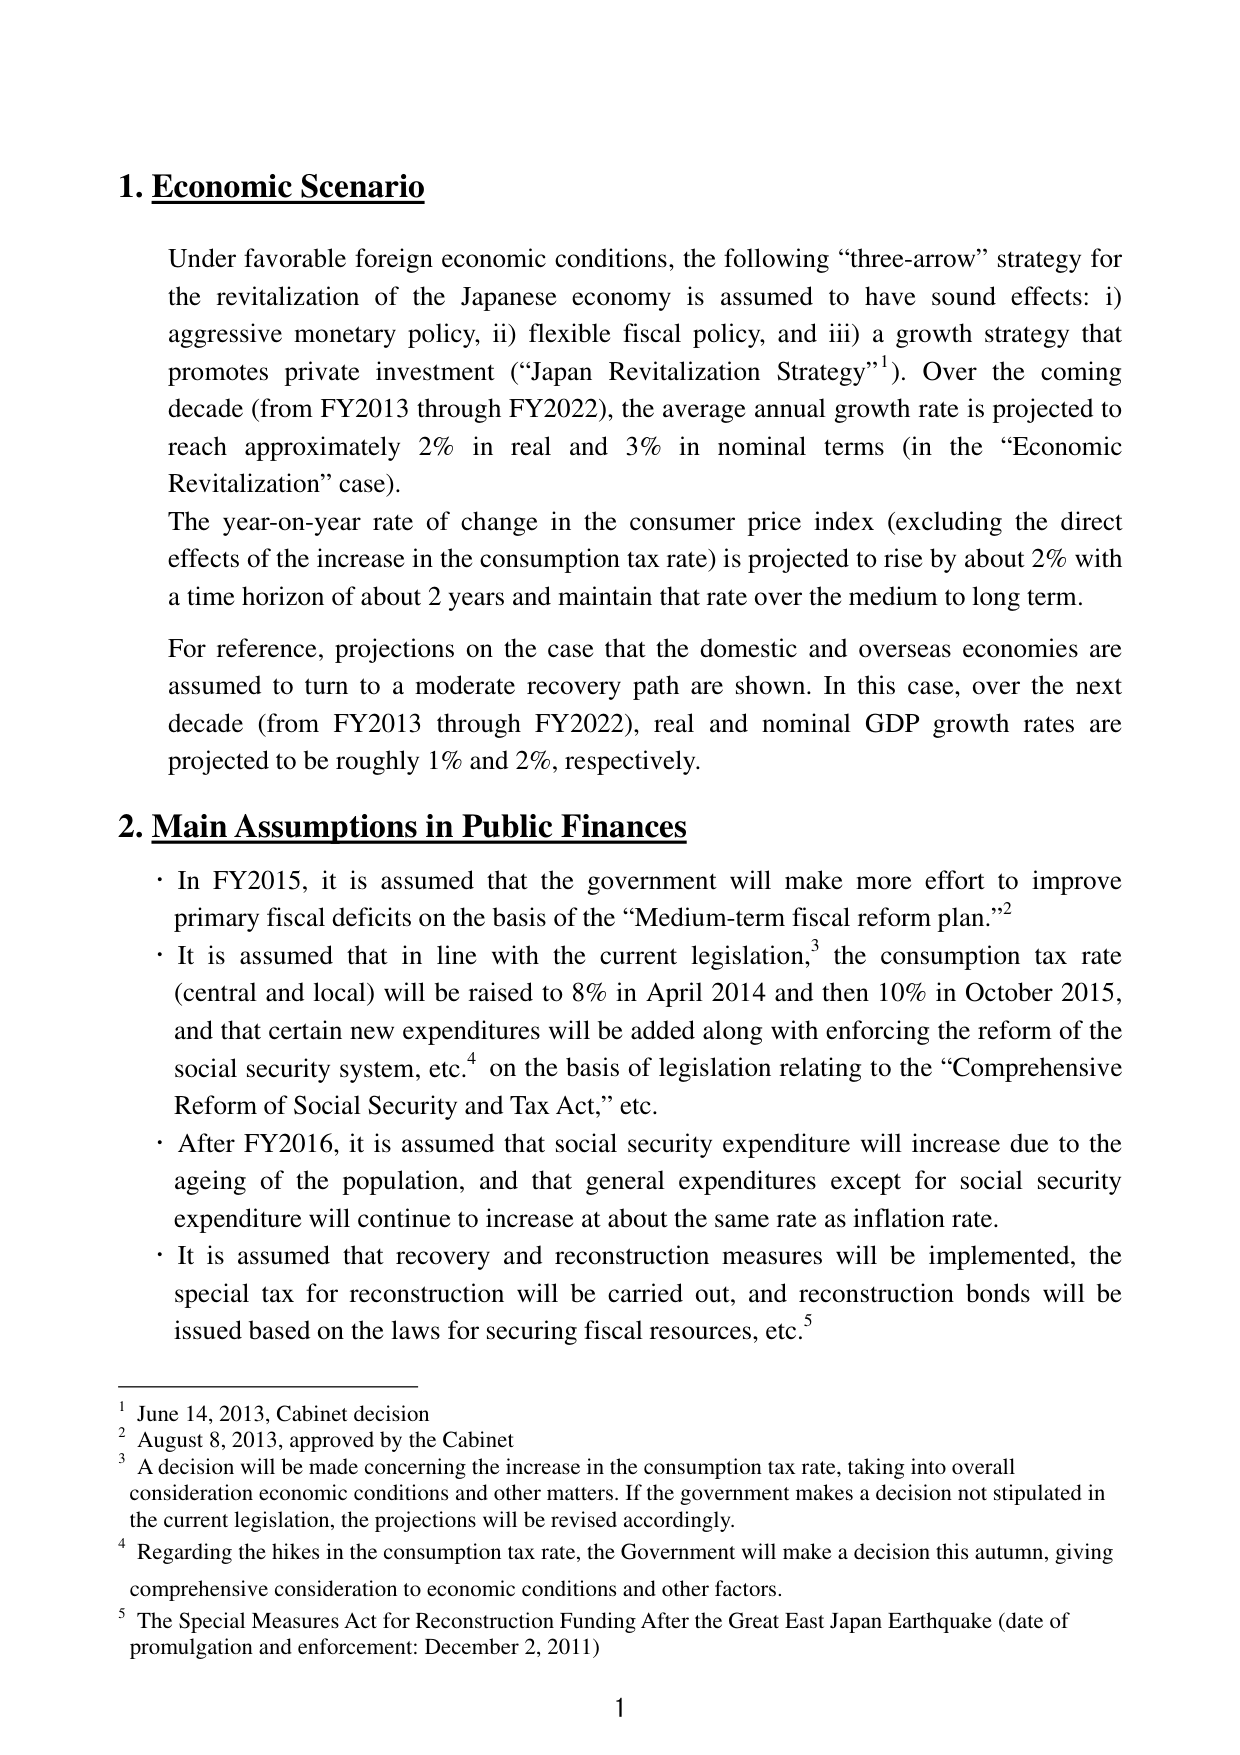
1. Economic Scenario

Under favorable foreign economic conditions, the following “three-arrow” strategy for the revitalization of the Japanese economy is assumed to have sound effects: i) aggressive monetary policy, ii) flexible fiscal policy, and iii) a growth strategy that promotes private investment (“Japan Revitalization Strategy”¹). Over the coming decade (from FY2013 through FY2022), the average annual growth rate is projected to reach approximately 2% in real and 3% in nominal terms (in the “Economic Revitalization” case).

The year-on-year rate of change in the consumer price index (excluding the direct effects of the increase in the consumption tax rate) is projected to rise by about 2% with a time horizon of about 2 years and maintain that rate over the medium to long term.

For reference, projections on the case that the domestic and overseas economies are assumed to turn to a moderate recovery path are shown. In this case, over the next decade (from FY2013 through FY2022), real and nominal GDP growth rates are projected to be roughly 1% and 2%, respectively.

2. Main Assumptions in Public Finances

• In FY2015, it is assumed that the government will make more effort to improve primary fiscal deficits on the basis of the “Medium-term fiscal reform plan.”²

• It is assumed that in line with the current legislation,³ the consumption tax rate (central and local) will be raised to 8% in April 2014 and then 10% in October 2015, and that certain new expenditures will be added along with enforcing the reform of the social security system, etc.⁴ on the basis of legislation relating to the “Comprehensive Reform of Social Security and Tax Act,” etc.

• After FY2016, it is assumed that social security expenditure will increase due to the ageing of the population, and that general expenditures except for social security expenditure will continue to increase at about the same rate as inflation rate.

• It is assumed that recovery and reconstruction measures will be implemented, the special tax for reconstruction will be carried out, and reconstruction bonds will be issued based on the laws for securing fiscal resources, etc.⁵

¹ June 14, 2013, Cabinet decision
² August 8, 2013, approved by the Cabinet
³ A decision will be made concerning the increase in the consumption tax rate, taking into overall consideration economic conditions and other matters. If the government makes a decision not stipulated in the current legislation, the projections will be revised accordingly.
⁴ Regarding the hikes in the consumption tax rate, the Government will make a decision this autumn, giving comprehensive consideration to economic conditions and other factors.
⁵ The Special Measures Act for Reconstruction Funding After the Great East Japan Earthquake (date of promulgation and enforcement: December 2, 2011)

1